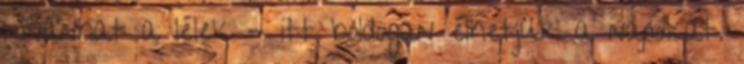
kívánhat a lélek - itt boldogan élhetjük a napokat.